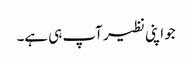
جو اپنی نظیر آپ ہی ہے۔